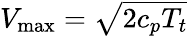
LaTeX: V_{\mathrm{max}}={\sqrt{2c_{p}T_{t}}}